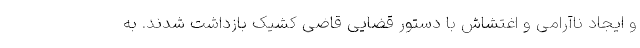
و ایجاد ناآرامی و اغتشاش با دستور قضایی قاضی کشیک بازداشت شدند. به